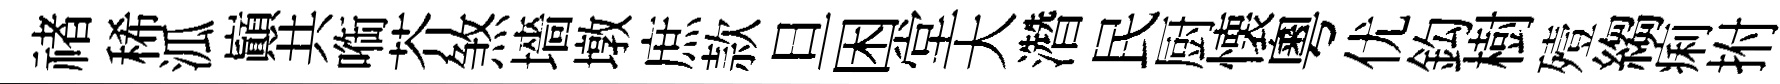
禇稀泒巔共㗸芥煞墻墩庶款旦困堂大濳民厨懐粵优鈎樹殪縐痢拊